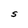
Character: S